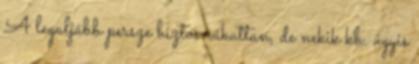
A legaljább persze biztos rákattan, de nekik kb. úgyis